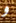
و